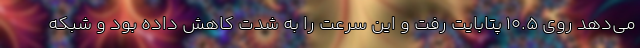
می‌دهد روی ۱۰.۵ پتابایت رفت و این سرعت را به شدت کاهش داده بود و شبکه